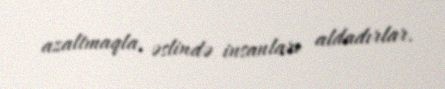
azaltmaqla, əslində insanları aldadırlar.